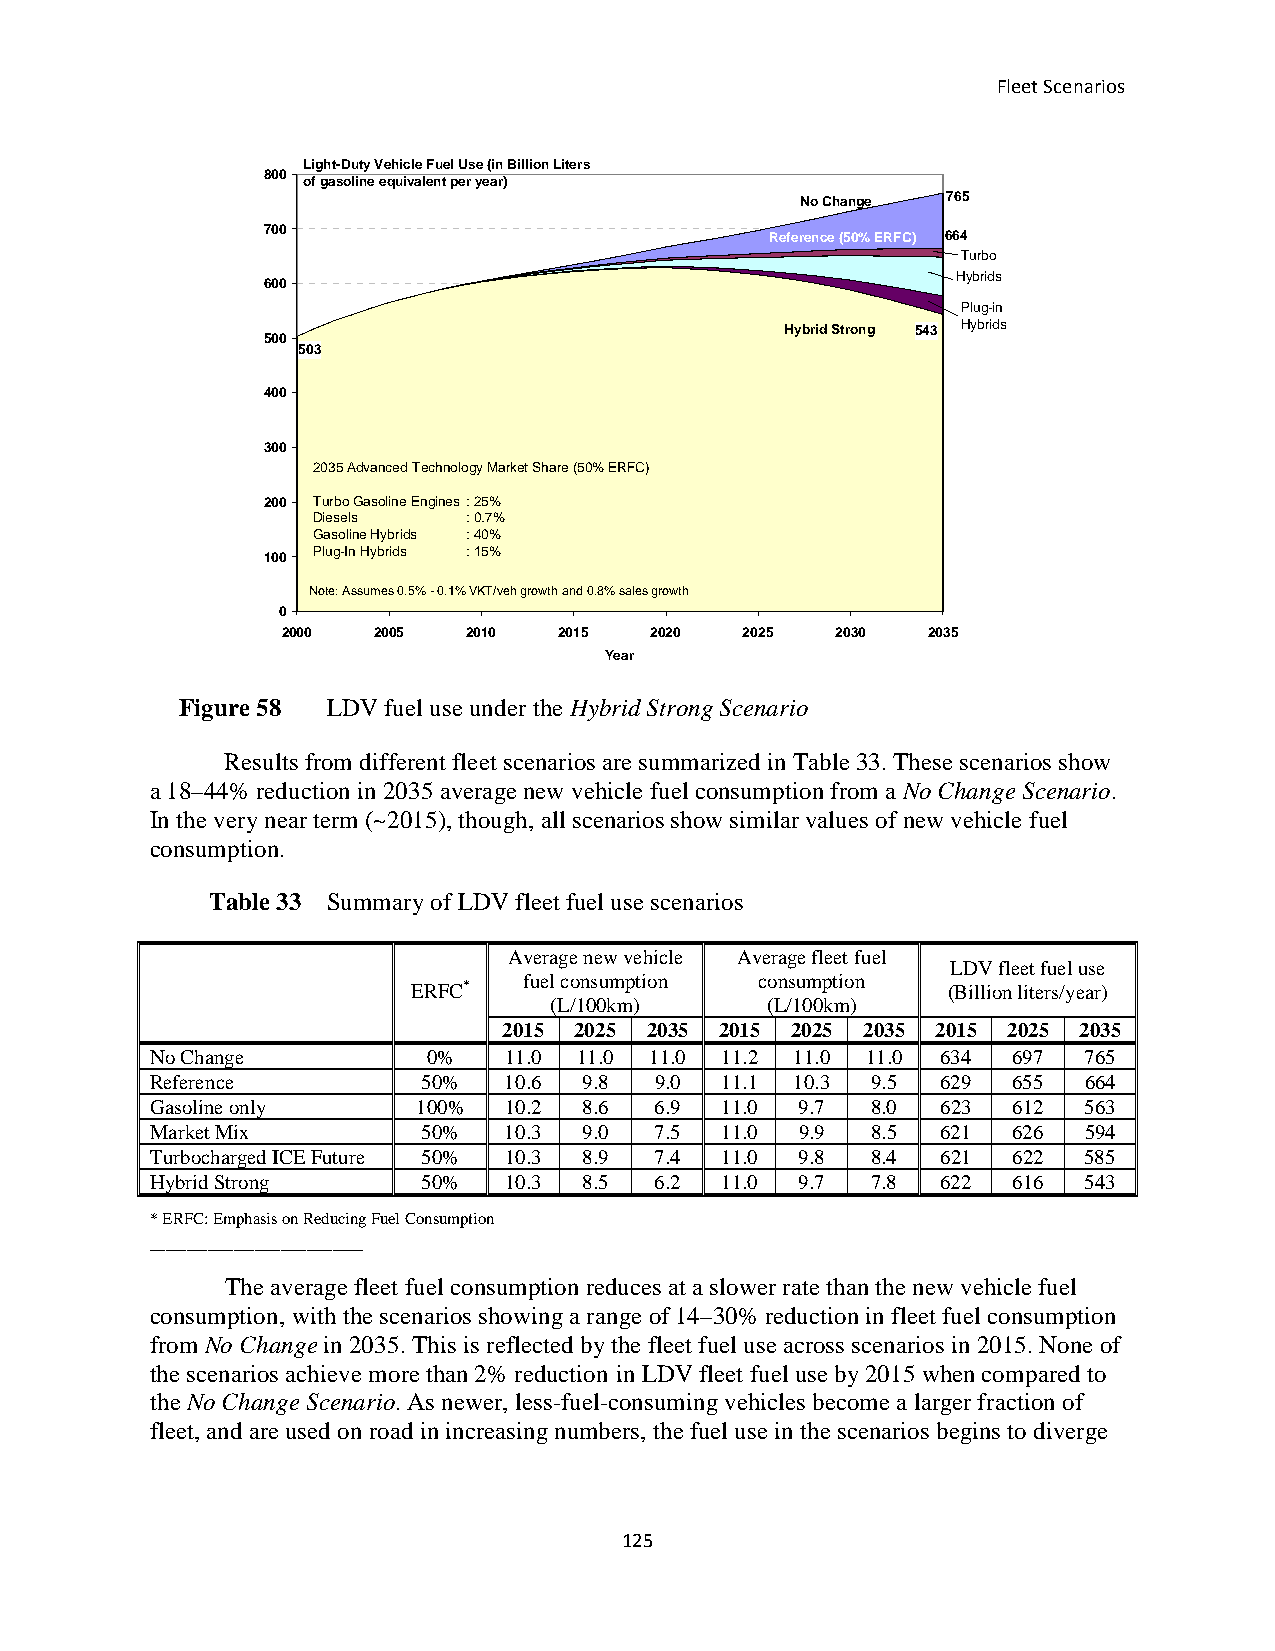
Fleet Scenarios
 Light-Duty Vehicle Fuel Use (in Billion Liters
 800
 of gasoline equivalent per year)
 No Change 765
 700                               Reference (50% ERFC) 664
 Turbo
 Hybrids
 600
 Plug-in
 Hybrid Strong 543 Hybrids
 500
 503
 400
 300
 2035 Advanced Technology Market Share (50% ERFC)
 200 Turbo Gasoline Engines: 25%
 Diesels   : 0.7%
 Gasoline Hybrids : 40%
 100 Plug-In Hybrids : 15%
 Note: Assumes 0.5% - 0.1% VKT/veh growth and 0.8% sales growth
 0
 2000  2005  2010  2015  2020  2025  2030  2035
 Year
 Figure 58 LDV fuel use under the Hybrid Strong Scenario
 Results from different fleet scenarios are summarized in Table 33. These scenarios show
 a 18–44% reduction in 2035 average new vehicle fuel consumption from a No Change Scenario.
 In the very near term (~2015), though, all scenarios show similar values of new vehicle fuel
 consumption.
 Table 33 Summary of LDV fleet fuel use scenarios
 Average new vehicle Average fleet fuel
 LDV fleet fuel use
 fuel consumption consumption
 ERFC*                               (Billion liters/year)
 (L/100km)      (L/100km)
 2015 2025 2035 2015 2025 2035 2015 2025 2035
 No Change         0%   11.0 11.0 11.0 11.2 11.0 11.0 634 697  765
 Reference         50%  10.6  9.8 9.0  11.1 10.3 9.5 629  655  664
 Gasoline only     100% 10.2  8.6 6.9  11.0 9.7  8.0 623  612  563
 Market Mix        50%  10.3  9.0 7.5  11.0 9.9  8.5 621  626  594
 Turbocharged ICE Future 50% 10.3 8.9 7.4 11.0 9.8 8.4 621 622 585
 Hybrid Strong     50%  10.3  8.5 6.2  11.0 9.7  7.8 622  616  543
 * ERFC: Emphasis on Reducing Fuel Consumption
 _________________________________________
 The average fleet fuel consumption reduces at a slower rate than the new vehicle fuel
 consumption, with the scenarios showing a range of 14–30% reduction in fleet fuel consumption
 from No Change in 2035. This is reflected by the fleet fuel use across scenarios in 2015. None of
 the scenarios achieve more than 2% reduction in LDV fleet fuel use by 2015 when compared to
 the No Change Scenario. As newer, less-fuel-consuming vehicles become a larger fraction of
 fleet, and are used on road in increasing numbers, the fuel use in the scenarios begins to diverge
 125